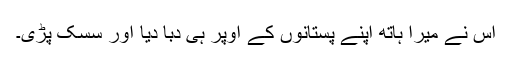
اس نے میرا ہاتھ اپنے پستانوں کے اوپر ہی دبا دیا اور سسک پڑی۔